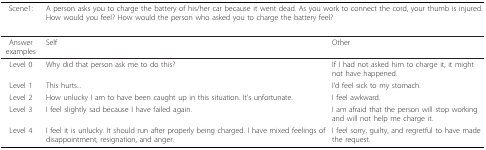
<table><thead><tr><td><b>Scene1:</b></td><td colspan="2"><b>A person asks you to charge the battery of his/her car because it went dead. As you work to connect the cord, your thumb is injured. How would you feel? How would the person who asked you to charge the battery feel?</b></td></tr></thead><tbody><tr><td>Answer examples</td><td>Self</td><td>Other</td></tr><tr><td>Level 0</td><td>Why did that person ask me to do this?</td><td>If I had not asked him to charge it, it might not have happened.</td></tr><tr><td>Level 1</td><td>This hurts...</td><td>I&#x27;d feel sick to my stomach.</td></tr><tr><td>Level 2</td><td>How unlucky I am to have been caught up in this situation. It&#x27;s unfortunate.</td><td>I feel awkward.</td></tr><tr><td>Level 3</td><td>I feel slightly sad because I have failed again.</td><td>I am afraid that the person will stop working and will not help me charge it.</td></tr><tr><td>Level 4</td><td>I feel it is unlucky. It should run after properly being charged. I have mixed feelings of disappointment, resignation, and anger.</td><td>I feel sorry, guilty, and regretful to have made the request.</td></tr></tbody></table>